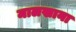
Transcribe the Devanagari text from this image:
मालखाना